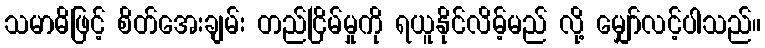
သမာဓိဖြင့် စိတ်အေးချမ်း တည်ငြိမ်မှုကို ရယူနိုင်လိမ့်မည် လို့ မျှော်လင့်ပါသည်။